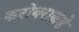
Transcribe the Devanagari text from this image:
करोबराकडे